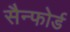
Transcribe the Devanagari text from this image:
सैन्फोर्ड